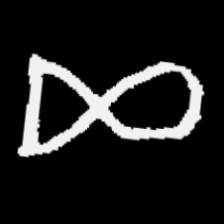
Pyu character \u2014 Myanmar letter: ဆ (romanized: cha)